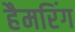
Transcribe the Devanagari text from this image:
हैमरिंग